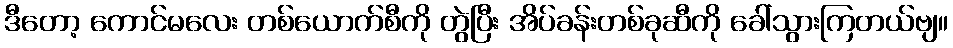
ဒီတော့ ကောင်မလေး တစ်ယောက်စီကို တွဲပြီး အိပ်ခန်းတစ်ခုဆီကို ခေါ်သွားကြတယ်ဗျ။